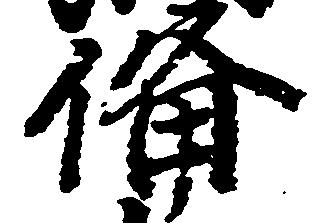
備